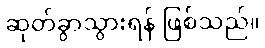
ဆုတ်ခွာသွားရန် ဖြစ်သည်။